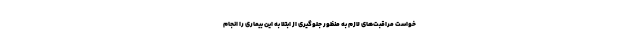
خواست مراقبت‌های لازم به منظور جلوگیری از ابتلا به این بیماری را انجام